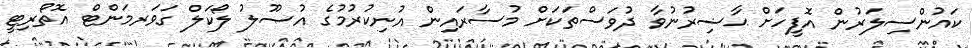
ކައުންސިލަރުން އޮފީހަށް ޙާޟިރުނުވާ ދުވަސްތަކަށް މުސާރައިން އުނިކުރުމުގެ އުޞޫލު ލޯކަލް ގަވަރމަންޓް އޮތޯރިޓީ